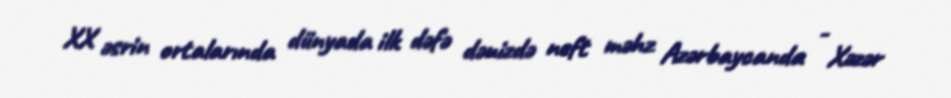
XX əsrin ortalarında dünyada ilk dəfə dənizdə neft məhz Azərbaycanda - Xəzər